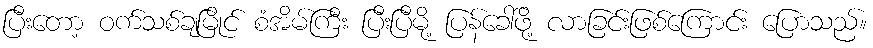
ပြီးတော့ ဝက်သစ်ချမြိုင် စံအိမ်ကြီး ပြီးပြီမို့ ပြန်ခေါ်ဖို့ လာခြင်းဖြစ်ကြောင်း ပြောသည်။